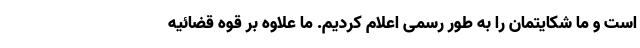
است و ما شکایتمان را به طور رسمی اعلام کردیم. ما علاوه بر قوه قضائیه